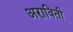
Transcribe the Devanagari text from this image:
अराविती